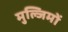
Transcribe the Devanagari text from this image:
मुल्जिमों